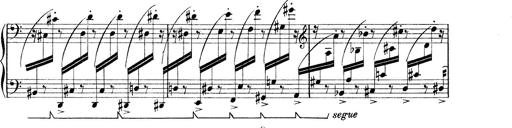
Title: Rapsodie: 19 ungheresi, 1 spagnuola
Composer: Franz Liszt